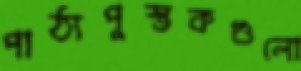
পাঠ্যপুস্তকগুলো